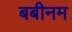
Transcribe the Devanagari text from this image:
बबीनम